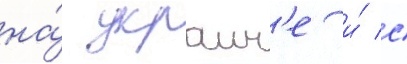
на́ украин'е и́ с